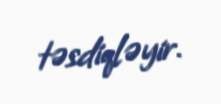
təsdiqləyir.